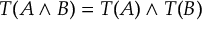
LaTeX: T ( A \land B ) = T ( A ) \land T ( B )